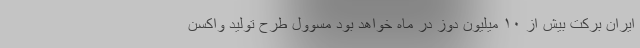
ایران برکت بیش از ۱۰ میلیون دوز در ماه خواهد بود مسوول طرح تولید واکسن